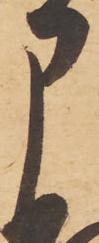
申